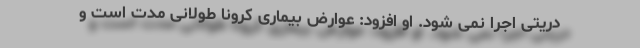
دریتی اجرا نمی شود. او افزود: عوارض بیماری کرونا طولانی مدت است و